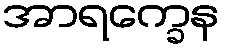
အာရက္ခေန